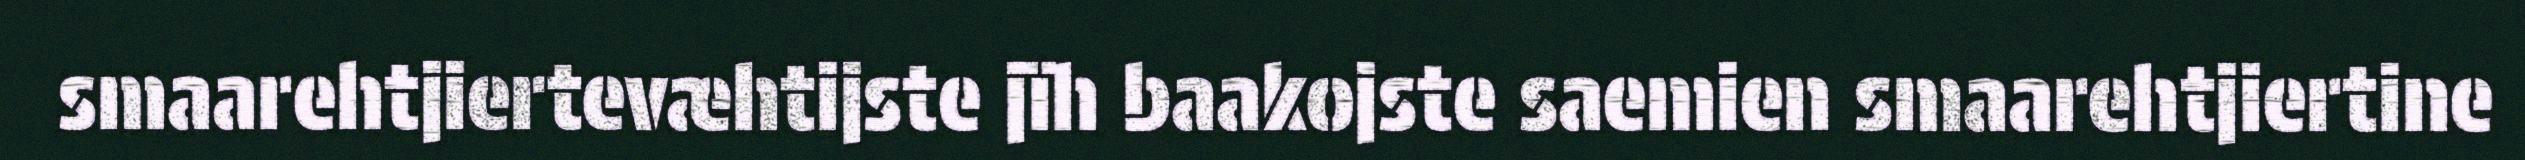
smaarehtjiertevæhtijste jïh baakojste saemien smaarehtjiertine